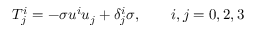
T _ { j } ^ { i } = - \sigma u ^ { i } u _ { j } + \delta _ { j } ^ { i } \sigma , \qquad i , j = 0 , 2 , 3